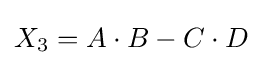
X_{3}=A\cdot B-C\cdot D